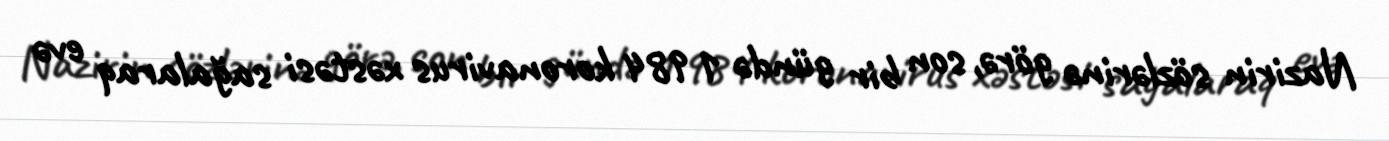
Nazirin sözlərinə görə, son bir gündə 1 984 koronavirus xəstəsi sağalaraq evə